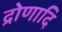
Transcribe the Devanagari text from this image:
द्रोणादि